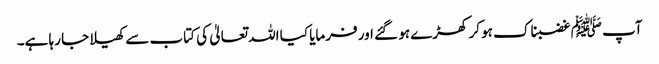
آپ ﷺ غضبناک ہو کر کھڑے ہو گئے اور فرمایا کیا اللہ تعالیٰ کی کتاب سے کھیلا جا رہا ہے۔